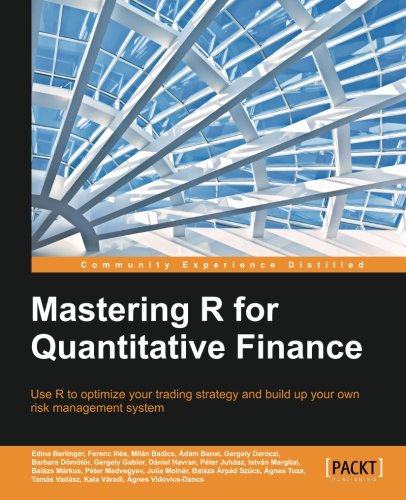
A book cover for Mastering R for Quantitative Finance; Edina Berlinger; Computers & Technology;